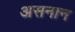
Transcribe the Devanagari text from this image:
असनान